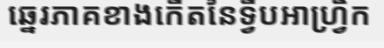
ឆ្នេរភាគខាងកើតនៃទ្វីបអាហ្វ្រិក